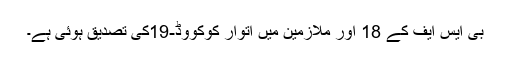
بی ایس ایف کے 18 اور ملازمین میں اتوار کوکووڈ-19کی تصدیق ہوئی ہے۔